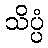
သိပ္ပံ